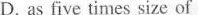
D. as five times size of